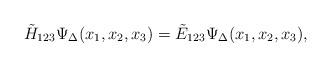
LaTeX: \begin{align*}\tilde H_{123}\Psi_\Delta(x_1,x_2,x_3)=\tilde E_{123}\Psi_\Delta(x_1,x_2,x_3),\end{align*}